Civil Veterinary Dept. North-West Frontier Province 1901-22 - 1901-1922
Year: 1901
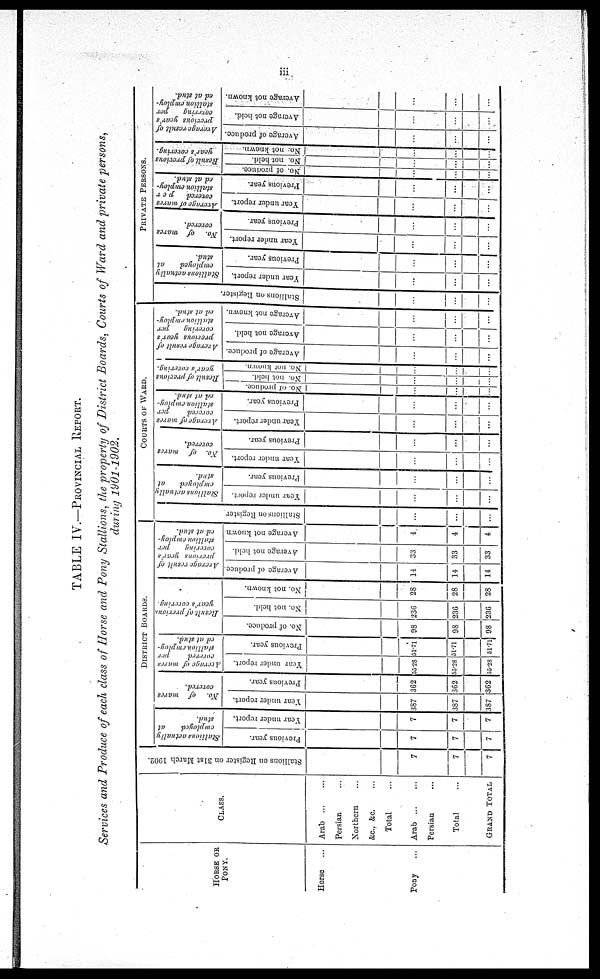
iii
TABLE IV.—PROVINCIAL REPORT.
Services and Produce of each class of Horse and Pony Stallions, the property of District Boards, Courts of Ward and private persons,
during 1901-1902.
HORSE OR
PONY.
Horse ...
Pony ...
CLASS.
Arab
...
...
Persian ...
Northern ...
&c., &c. ...
Total ...
Arab
...
...
Persian ...
Total ...
GRAND
TOTAL
Stallions on Register on 31st March 1902.
7
7
7
DISTRICT BOARDS.
Stallions actually
employed
at
stud.
Previous year.
7
7
7
Year under report.
7
7
7
No. of mares
covered.
Year under report.
387
387
387
Previous year.
362
362
362
Average of mares
covered
per
stallion employ-
ed at stud.
Year under report.
55.28
55.28
55.28
Previous year.
51.71
51.71
51.71
Result
of previous
year's covering.
No. of produce.
98
98
98
No. not held.
236
236
236
No. not known.
28
28
28
Arerage
result of
previous year's
covering
per
stallion employ-
ed at stud.
Average of produce
14
14
14
Average not held.
33
33
33
Average not known
4
4
4
COURTS OF WARD.
Stallions on Register
...
...
...
Stallions actually
employed
at
stud.
Year under report.
...
...
...
Previous year.
...
...
...
No.
of mares
covered.
Year under report.
...
...
...
Previous year.
...
...
...
Average of mares
covered
per
stallion employ-
ed at stud.
Year under report.
...
...
...
Previous year.
...
...
...
Result
of previous
year's covering.
No. of produce.
...
...
...
No. not held.
...
...
...
No. not known.
...
...
...
Argrage
result of
prrerious year's
carering
per
stallion employ-
ed at stud.
Average of produce.
...
...
...
Average not held.
...
...
...
Average not known.
...
...
...
PRIVATE
PERSONS.
Stallions on Register.
...
...
...
Stallions actually
employed
at
stud.
Year under report.
...
...
...
Previous year.
...
...
...
No.
of mares
covered.
Year under report.
...
...
...
Previous year.
...
...
...
Average of mares
covered
per
stallion
employ¬
ed
at stud.
Year under report.
...
...
...
Previous year.
...
...
...
Result
of previous
year's covering.
No. of produce.
...
...
...
No.
not held.
...
...
...
No. not known.
...
...
...
Average result of
previous year's
covering
per
stallion employ-
ed at stud.
Average of produce.
...
...
...
Average not held.
...
...
...
Average not known.
...
...
...